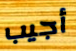
أجيب